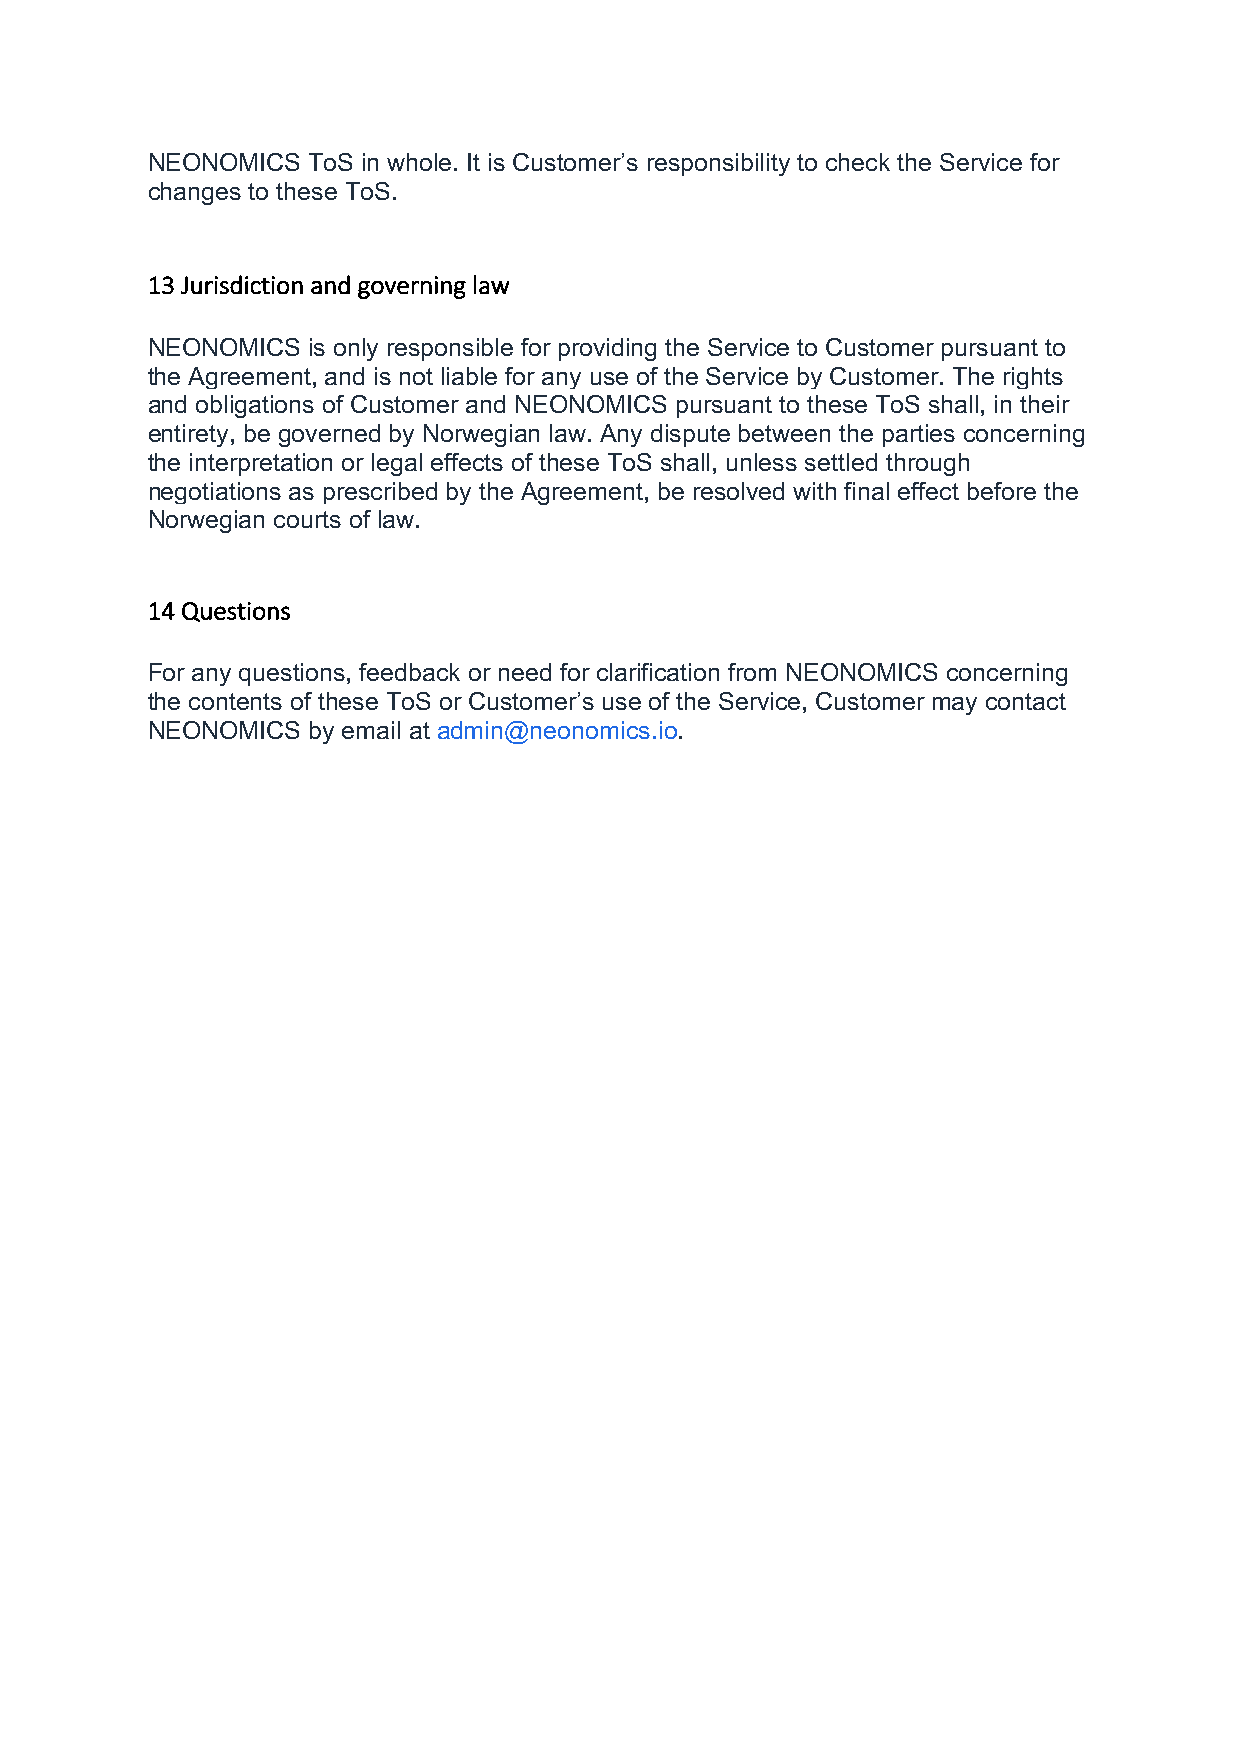
NEONOMICS ToS in whole. It is Customer’s responsibility to check the Service for
 changes to these ToS.
 13 Jurisdiction and governing law
 NEONOMICS is only responsible for providing the Service to Customer pursuant to
 the Agreement, and is not liable for any use of the Service by Customer. The rights
 and obligations of Customer and NEONOMICS pursuant to these ToS shall, in their
 entirety, be governed by Norwegian law. Any dispute between the parties concerning
 the interpretation or legal effects of these ToS shall, unless settled through
 negotiations as prescribed by the Agreement, be resolved with final effect before the
 Norwegian courts of law.
 14 Questions
 For any questions, feedback or need for clarification from NEONOMICS concerning
 the contents of these ToS or Customer’s use of the Service, Customer may contact
 NEONOMICS by email at admin@neonomics.io.